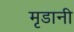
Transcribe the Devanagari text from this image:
मृडानी